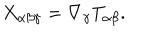
X _ { \alpha \beta \gamma } = \nabla _ { \gamma } T _ { \alpha \beta } . \nonumber \,